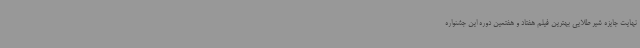
نهایت جایزه شیر طلایی بهترین فیلم هفتاد و هفتمین دوره این جشنواره